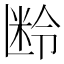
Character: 𬖜